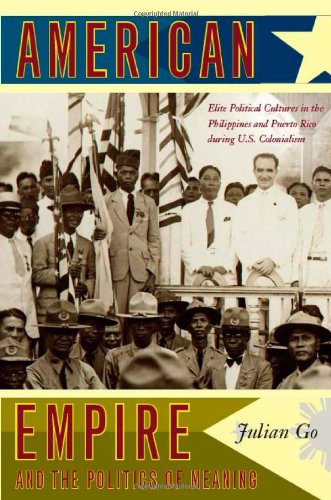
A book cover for American Empire and the Politics of Meaning: Elite Political Cultures in the Philippines and Puerto Rico during U.S. Colonialism (Politics, History, and Culture); Julian Go; History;